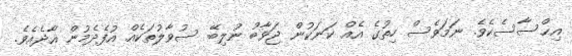
އިޙްސާސެކެވެ. ނަމަވެސް ހިތުގެ އެއް ކަނަކުން ޖަވާބު ނުލިބޭ ސުވާލުތަކެއް އުފެދެމުން އާދެއެވެ.